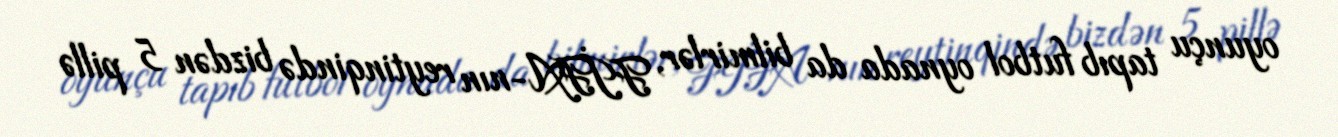
oyunçu tapıb futbol oynada da bilmirlər, FİFA-nın reytinqində bizdən 5 pillə